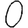
Digit: 0